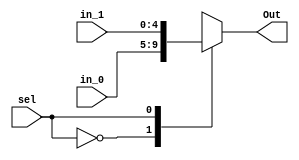
// 2x1 mux for width of 5 bits
`timescale 1ns / 1ps
module mux2(
    in_0,
    in_1,
    sel,
    Out
    );

    parameter WIDTH = 5;
    input [WIDTH-1:0] in_0;               
    input [WIDTH-1:0] in_1;                
    input sel;              
    output reg [WIDTH-1:0] Out;
    
    always @(*) begin
      case (sel)
        0: 
          Out = in_0;
        1: 
          Out = in_1;
        default: 
          Out = 32'bx; 
      endcase
    end
endmodule